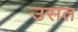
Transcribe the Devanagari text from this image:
उसत